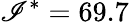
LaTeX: \mathscr{I}^{*}=69.7